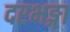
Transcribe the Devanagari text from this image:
दरभङ्गा